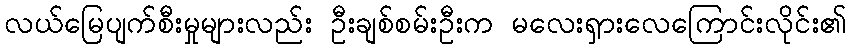
လယ်မြေပျက်စီးမှုများလည်း ဦးချစ်စမ်းဦးက မလေးရှားလေကြောင်းလိုင်း၏